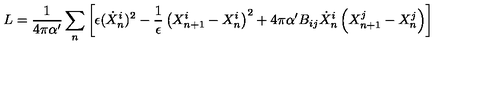
L = \frac { 1 } { 4 \pi \alpha ^ { \prime } } \sum _ { n } \left[ \epsilon ( \dot { X } _ { n } ^ { i } ) ^ { 2 } - \frac { 1 } { \epsilon } \left( X _ { n + 1 } ^ { i } - X _ { n } ^ { i } \right) ^ { 2 } + 4 \pi \alpha ^ { \prime } B _ { i j } \dot { X } _ { n } ^ { i } \left( X _ { n + 1 } ^ { j } - X _ { n } ^ { j } \right) \right]